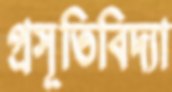
প্রসূতিবিদ্যা